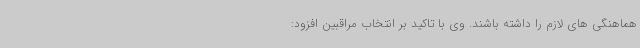
هماهنگی های لازم را داشته باشند. وی با تاکید بر انتخاب مراقبین افزود: